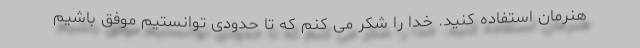
هنرمان استفاده کنید. خدا را شکر می کنم که تا حدودی توانستیم موفق باشیم